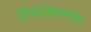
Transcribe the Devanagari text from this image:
दीनदयालनगर